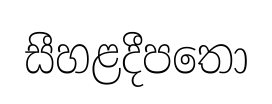
සීහළදීපතො